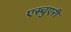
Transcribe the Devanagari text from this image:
एस्चुएरी